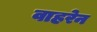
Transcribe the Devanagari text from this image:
वाहरेन